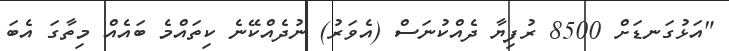
"އަޅުގަނޑަށް 8500 ރުފިޔާ ދެއްކުނަސް (އެވަރު) ނުދެއްކޭނެ ކިތައްމެ ބައެއް މިތާގަ އެބަ